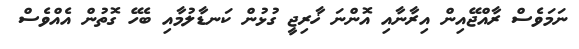
ނަމަވެސް ރާއްޖޭއިން އިރާނާއި އޮންނަ ޚާރިޖީ ގުޅުން ކަނޑާލުމާއި ބެހޭ ގޮތުން އެއްވެސް